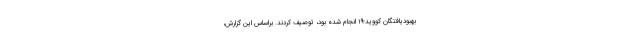
بهبودیافتگان کووید-۱۹ انجام شده بود، توصیف کردند. براساس این گزارش،